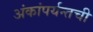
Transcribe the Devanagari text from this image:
अंकांपर्यन्तची